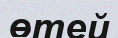
өтей